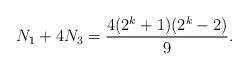
LaTeX: \begin{align*}N_1+4N_3=\frac{4(2^k+1)(2^{k}-2)}{9}.\end{align*}